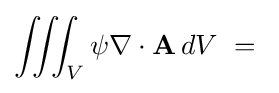
\iiint _{V}\psi \nabla \cdot \mathbf {A} \,dV\ =\